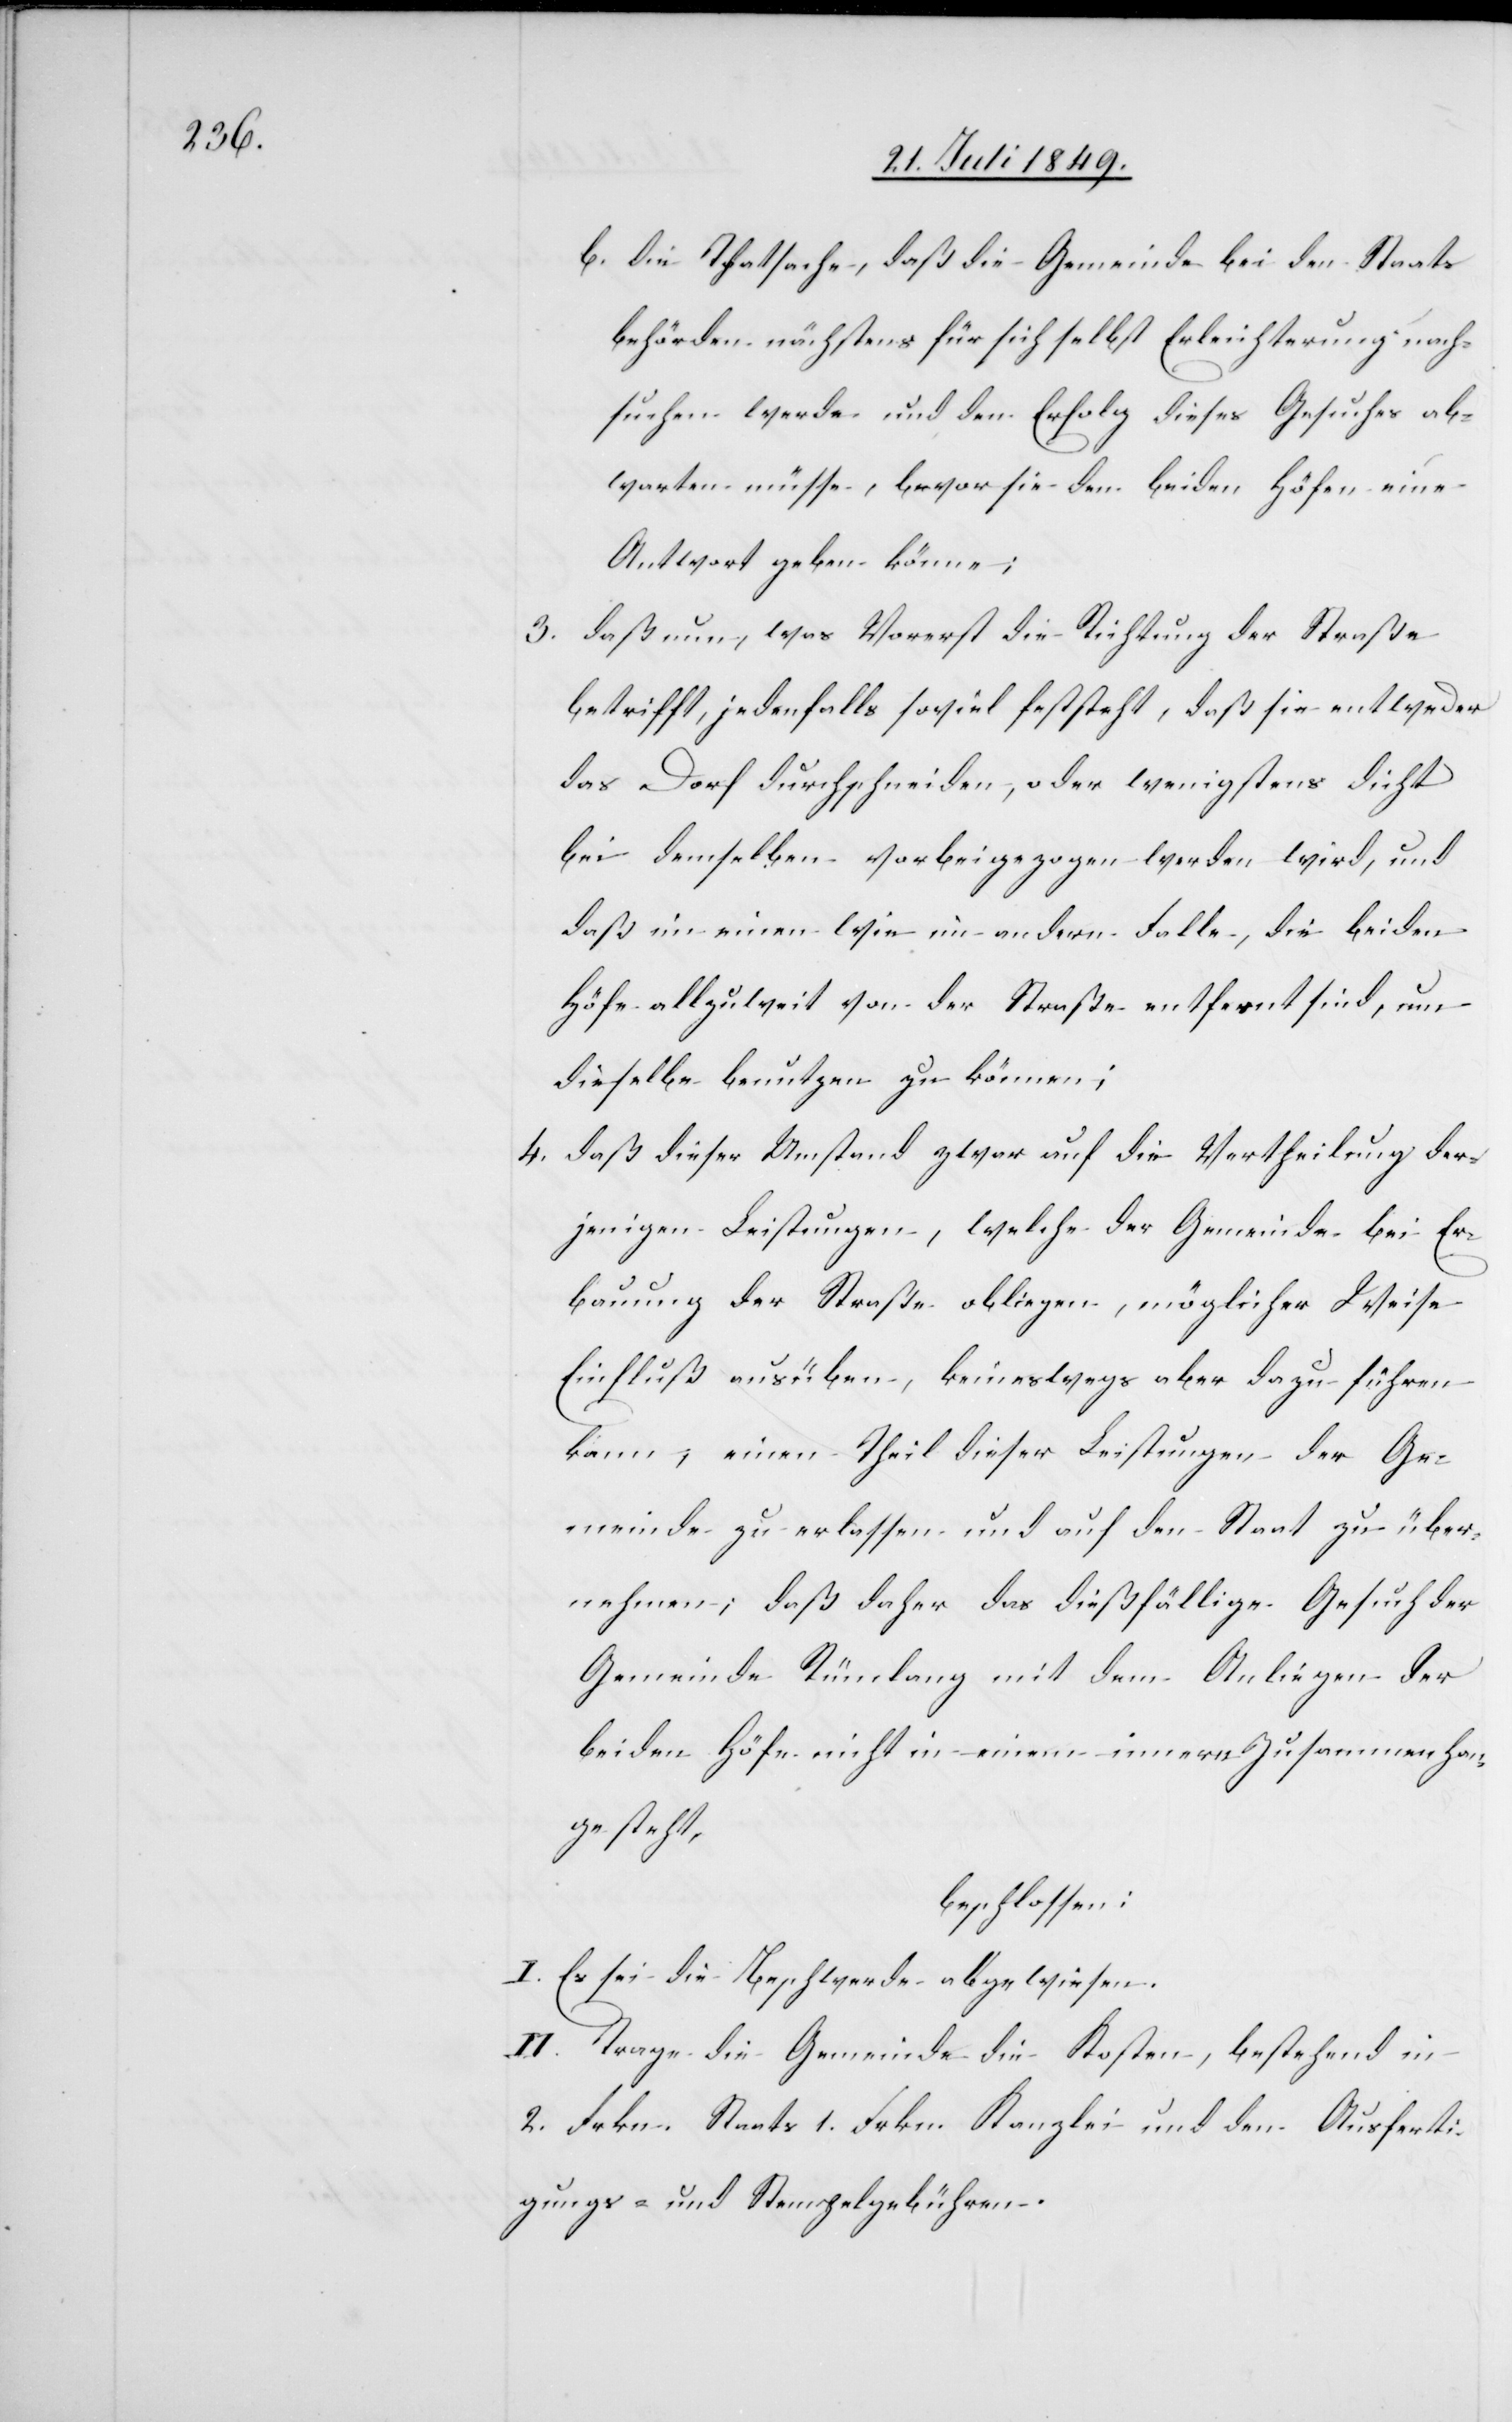
3.

b. die Thatsache, daß die Gemeinde bei den Staats¬
behörden nächstens für sich selbst Erleichterung nach¬
suchen werde und den Erfolg dieses Gesuches ab¬
warten müsse, bevor sie den beiden Höfen eine
Antwort geben könne;
daß nun, was Vorerst die Richtung der Straße
betrifft, jedenfalls soviel feststeht, daß sie entweder
das Dorf durchschneiden, oder wenigstens dicht
bei demselben vorbeigezogen werden wird, und
daß in einem wie im andern Falle, die beiden
Höfe allzuweit von der Straße entfernt sind, um
dieselbe benutzen zu können;
4. daß dieser Umstand zwar auf die Vertheilung der¬
jenigen Leistungen, welche der Gemeinde bei Er¬
bauung der Straße obliegen, möglicher Weise
Einfluß ausüben, keineswegs aber dazu führen
kann, einen Theil dieser Leistungen der Ge¬
meinde zu erlassen und auf den Staat zu über¬
nehmen; daß daher das dießfällige Gesuch der
Gemeinde Rümlang mit dem Anliegen der
beiden Höfe nicht in einem innern Zusammenhan¬
g steht,
beschlossen:
I. Es sei die Beschwerde abgewiesen.
II. Trage die Gemeinde die Kosten, bestehend in
2. Frkn. Staats[-,] 1. Frkn. Kanzlei[-] und den Ausferti¬
gungs- und Stempelgebühren.